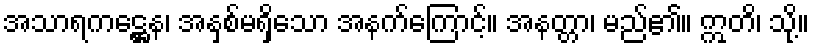
အသာရကဋ္ဌေန၊ အနှစ်မရှိသော အနက်ကြောင့်။ အနတ္တာ၊ မည်၏။ ဣတိ၊ သို့။